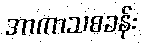
အာကာသစခန်း